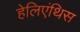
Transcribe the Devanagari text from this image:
हेलिएंथिस